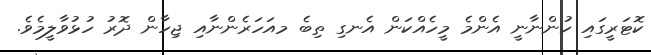
ކޮޓަރީގައި ހުންނާނީ އެންމެ މީހެއްކަން އެނގި ތިބެ މއަހަރެންނާއި ޖިހާން ދޮރު ހުޅުވާލީމެވެ.